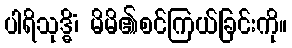
ပါရိသုဒ္ဓိံ၊ မိမိ၏စင်ကြယ်ခြင်းကို။